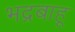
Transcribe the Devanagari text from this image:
भद्रबाहू